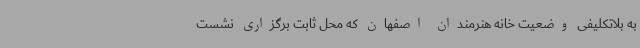
به بلاتکلیفی وضعیت خانه هنرمندان اصفهان که محل ثابت برگزاری نشست‌